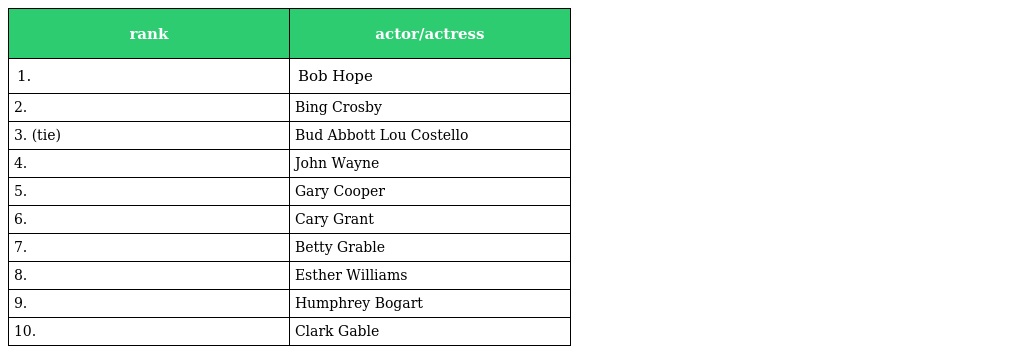
| rank | actor/actress |
 | --- | --- |
 | 1. | Bob Hope |
 | 2. | Bing Crosby |
 | 3. (tie) | Bud Abbott Lou Costello |
 | 4. | John Wayne |
 | 5. | Gary Cooper |
 | 6. | Cary Grant |
 | 7. | Betty Grable |
 | 8. | Esther Williams |
 | 9. | Humphrey Bogart |
 | 10. | Clark Gable |